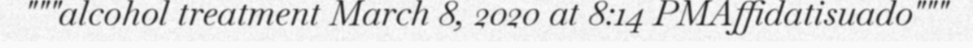
"""alcohol treatment March 8, 2020 at 8:14 PMAffidatisuado"""